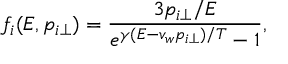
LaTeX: f _ { i } ( E , p _ { i \perp } ) = { \frac { 3 p _ { i \perp } / E } { e ^ { \gamma ( E - v _ { w } p _ { i \perp } ) / T } - 1 } } ,